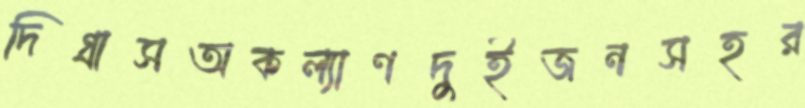
দিগ্রাসঅকল্যাণদুইজনসহর